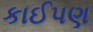
કાઈપણ